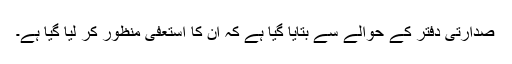
صدارتی دفتر کے حوالے سے بتایا گیا ہے کہ اُن کا استعفیٰ منظور کر لیا گیا ہے۔